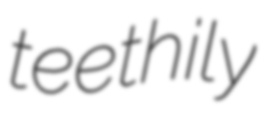
teethily